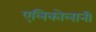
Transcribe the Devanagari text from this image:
एलिकोलानी